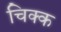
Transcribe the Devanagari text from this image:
चिक्क